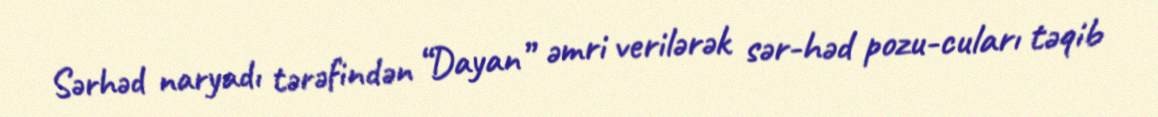
Sərhəd naryadı tərəfindən “Dayan” əmri verilərək sər­həd pozu­cuları təqib